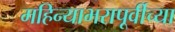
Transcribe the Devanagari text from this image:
महिन्याभरापूर्वीच्या